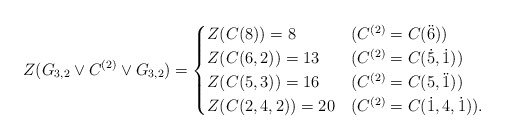
\begin{align*} Z(G_{3,2}\vee C^{(2)} \vee G_{3,2}) = \begin{cases} Z(C(8)) =8 &(C^{(2)}=C(\ddot6)) \\ Z(C(6,2)) =13 &(C^{(2)}= C(\dot5,\dot1)) \\ Z(C(5,3)) =16 &(C^{(2)}=C(5,\ddot 1)) \\ Z(C(2,4,2)) =20 &(C^{(2)}=C(\dot1,4,\dot1)) . \end{cases} \end{align*}